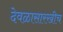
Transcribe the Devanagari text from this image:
देवळासारखीच